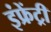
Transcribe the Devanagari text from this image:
इंफ्रेंट्री